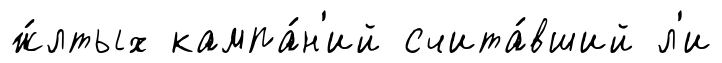
ж́лтых кампа́н'ий счита́вший л'и